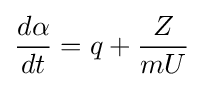
{\frac {d\alpha }{dt}}=q+{\frac {Z}{mU}}